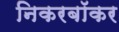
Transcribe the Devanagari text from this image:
निकरबॉकर